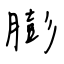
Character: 膨